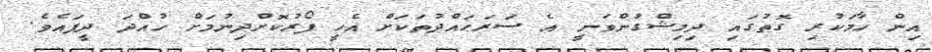
އިން ހާމަކުރި ގޮތުގައި ދިމިޝްގުންވަނީ އެ ސަރަޙައްދުތަކަށް އެހީ ފޯރުކޮށްދިނުމަށް ހުއްދަ ދީފައެވެ.